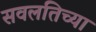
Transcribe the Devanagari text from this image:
सवलतिच्या